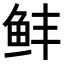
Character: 𬶆